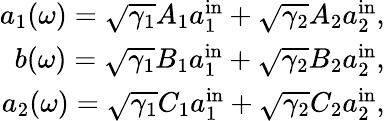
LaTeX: \begin{array}{r}{a_{1}(\omega)=\sqrt{\gamma_{1}}A_{1}a_{1}^{\mathrm{in}}+\sqrt{\gamma_{2}}A_{2}a_{2}^{\mathrm{in}},}\\ {b(\omega)=\sqrt{\gamma_{1}}B_{1}a_{1}^{\mathrm{in}}+\sqrt{\gamma_{2}}B_{2}a_{2}^{\mathrm{in}},}\\ {a_{2}(\omega)=\sqrt{\gamma_{1}}C_{1}a_{1}^{\mathrm{in}}+\sqrt{\gamma_{2}}C_{2}a_{2}^{\mathrm{in}},}\end{array}